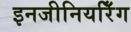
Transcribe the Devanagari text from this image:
इनजीनियरिँग